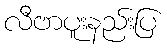
လီဗာပူးနည်းပြ